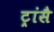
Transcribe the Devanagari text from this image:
ट्रांसै